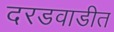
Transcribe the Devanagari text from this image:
दरडवाडीत